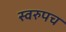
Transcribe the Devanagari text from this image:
स्वरुपच